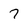
Character: 7